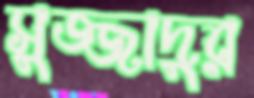
সুজ্জাদুর